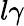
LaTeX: l\gamma